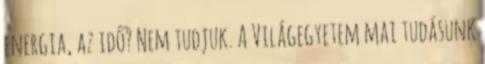
energia, az idő? Nem tudjuk. A Világegyetem mai tudásunk